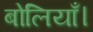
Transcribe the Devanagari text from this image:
बोलियाँ।